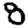
Digit: 8